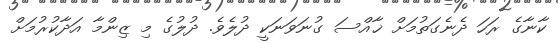
ކާނާގެ ރަހަ ދެނެގަތުމަށް ޚާއްސަ ގުނަވަނަކީ ދުލެވެ. ދުލުގެ މި ޒިންމާ އަދާކުރުމަށް